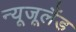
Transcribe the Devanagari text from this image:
न्यूजूलैंड